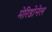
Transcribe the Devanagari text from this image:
मेरिडोनेल